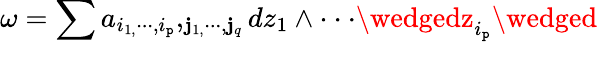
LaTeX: \omega=\sum_{{}}a_{i_{1,}\cdot\cdot\cdot,i_{\mathtt{p}}},_{\mathbf{j}_{1,}\cdot\cdot\cdot,\mathbf{j}_{q}}dz_{1}\wedge\cdot\cdot\cdot\wedgedz_{i_{\mathtt{p}}}\wedged